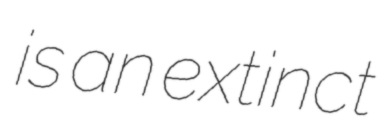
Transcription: is an extinct